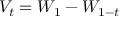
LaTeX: V _ { t } = W _ { 1 } - W _ { 1 - t }